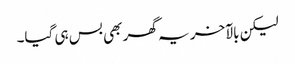
لیکن بالآخر یہ گھر بھی بس ہی گیا۔